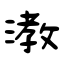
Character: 漖